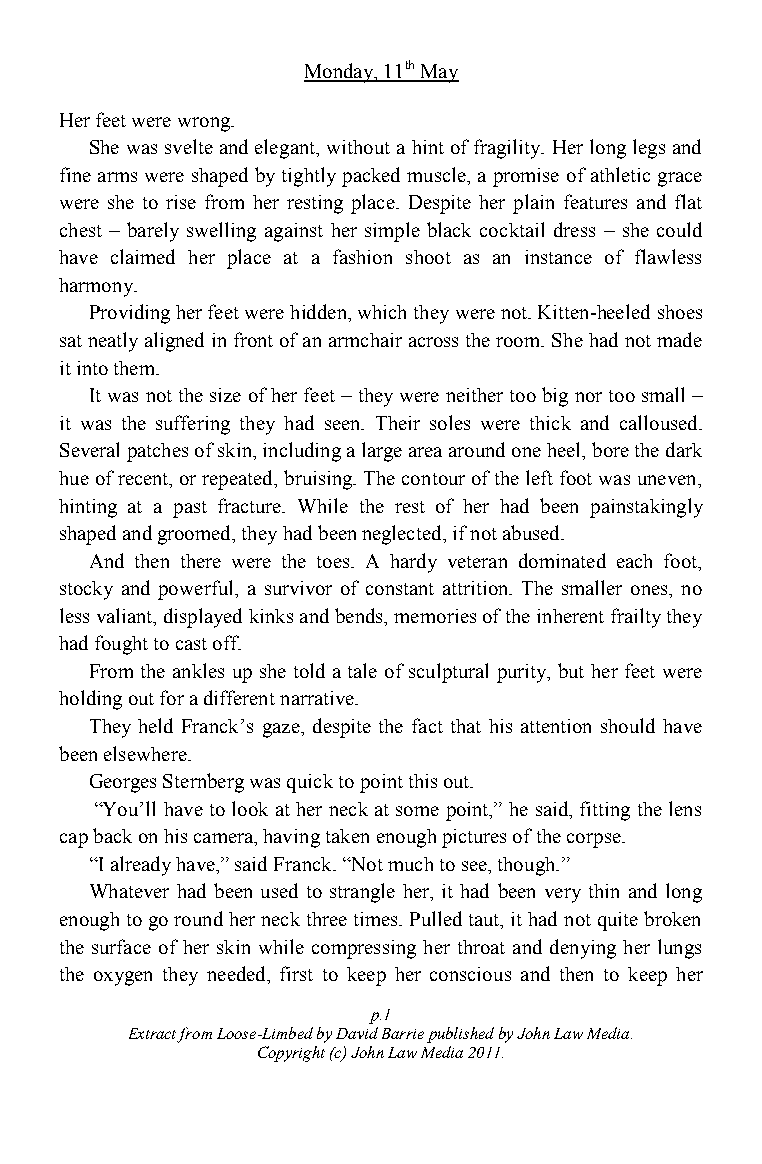
Monday, 11th May
 Her feet were wrong.
 She was svelte and elegant, without a hint of fragility. Her long legs and
 fine arms were shaped by tightly packed muscle, a promise of athletic grace
 were she to rise from her resting place. Despite her plain features and flat
 chest – barely swelling against her simple black cocktail dress – she could
 have claimed her place at a fashion shoot as an instance of flawless
 harmony.
 Providing her feet were hidden, which they were not. Kitten-heeled shoes
 sat neatly aligned in front of an armchair across the room. She had not made
 it into them.
 It was not the size of her feet – they were neither too big nor too small –
 it was the suffering they had seen. Their soles were thick and calloused.
 Several patches of skin, including a large area around one heel, bore the dark
 hue of recent, or repeated, bruising. The contour of the left foot was uneven,
 hinting at a past fracture. While the rest of her had been painstakingly
 shaped and groomed, they had been neglected, if not abused.
 And then there were the toes. A hardy veteran dominated each foot,
 stocky and powerful, a survivor of constant attrition. The smaller ones, no
 less valiant, displayed kinks and bends, memories of the inherent frailty they
 had fought to cast off.
 From the ankles up she told a tale of sculptural purity, but her feet were
 holding out for a different narrative.
 They held Franck‟s gaze, despite the fact that his attention should have
 been elsewhere.
 Georges Sternberg was quick to point this out.
 “You‟ll have to look at her neck at some point,” he said, fitting the lens
 cap back on his camera, having taken enough pictures of the corpse.
 “I already have,” said Franck. “Not much to see, though.”
 Whatever had been used to strangle her, it had been very thin and long
 enough to go round her neck three times. Pulled taut, it had not quite broken
 the surface of her skin while compressing her throat and denying her lungs
 the oxygen they needed, first to keep her conscious and then to keep her
 p.1
 Extract from Loose-Limbed by David Barrie published by John Law Media.
 Copyright (c) John Law Media 2011.